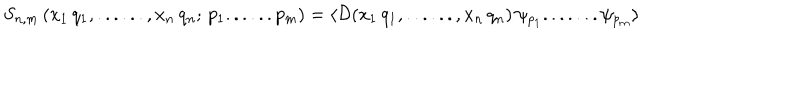
\left. S _ { n , m } \, ( x _ { 1 } \, q _ { 1 } , . . . . . . , x _ { n } \, q _ { n } ; \, p _ { 1 } . . . . . . p _ { m } ) = \langle { \cal D } ( x _ { 1 } \, q _ { 1 } , . . . . . . , x _ { n } \, q _ { n } ) \, \psi _ { p _ { 1 } } . . . . . . . \psi _ { p _ { m } } \rangle \right.